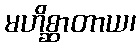
မဟိစ္ဆာတာယ၊